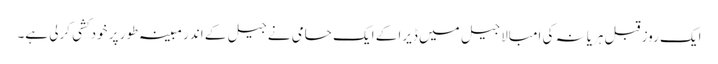
ایک روز قبل ہریانہ کی امبالا جیل میں ڈیرا کے ایک حامی نے جیل کے اندر مبینہ طور پر خودکشی کرلی ہے۔